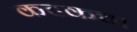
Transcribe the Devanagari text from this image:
कटकचा